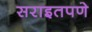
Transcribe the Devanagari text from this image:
सराइतपणे